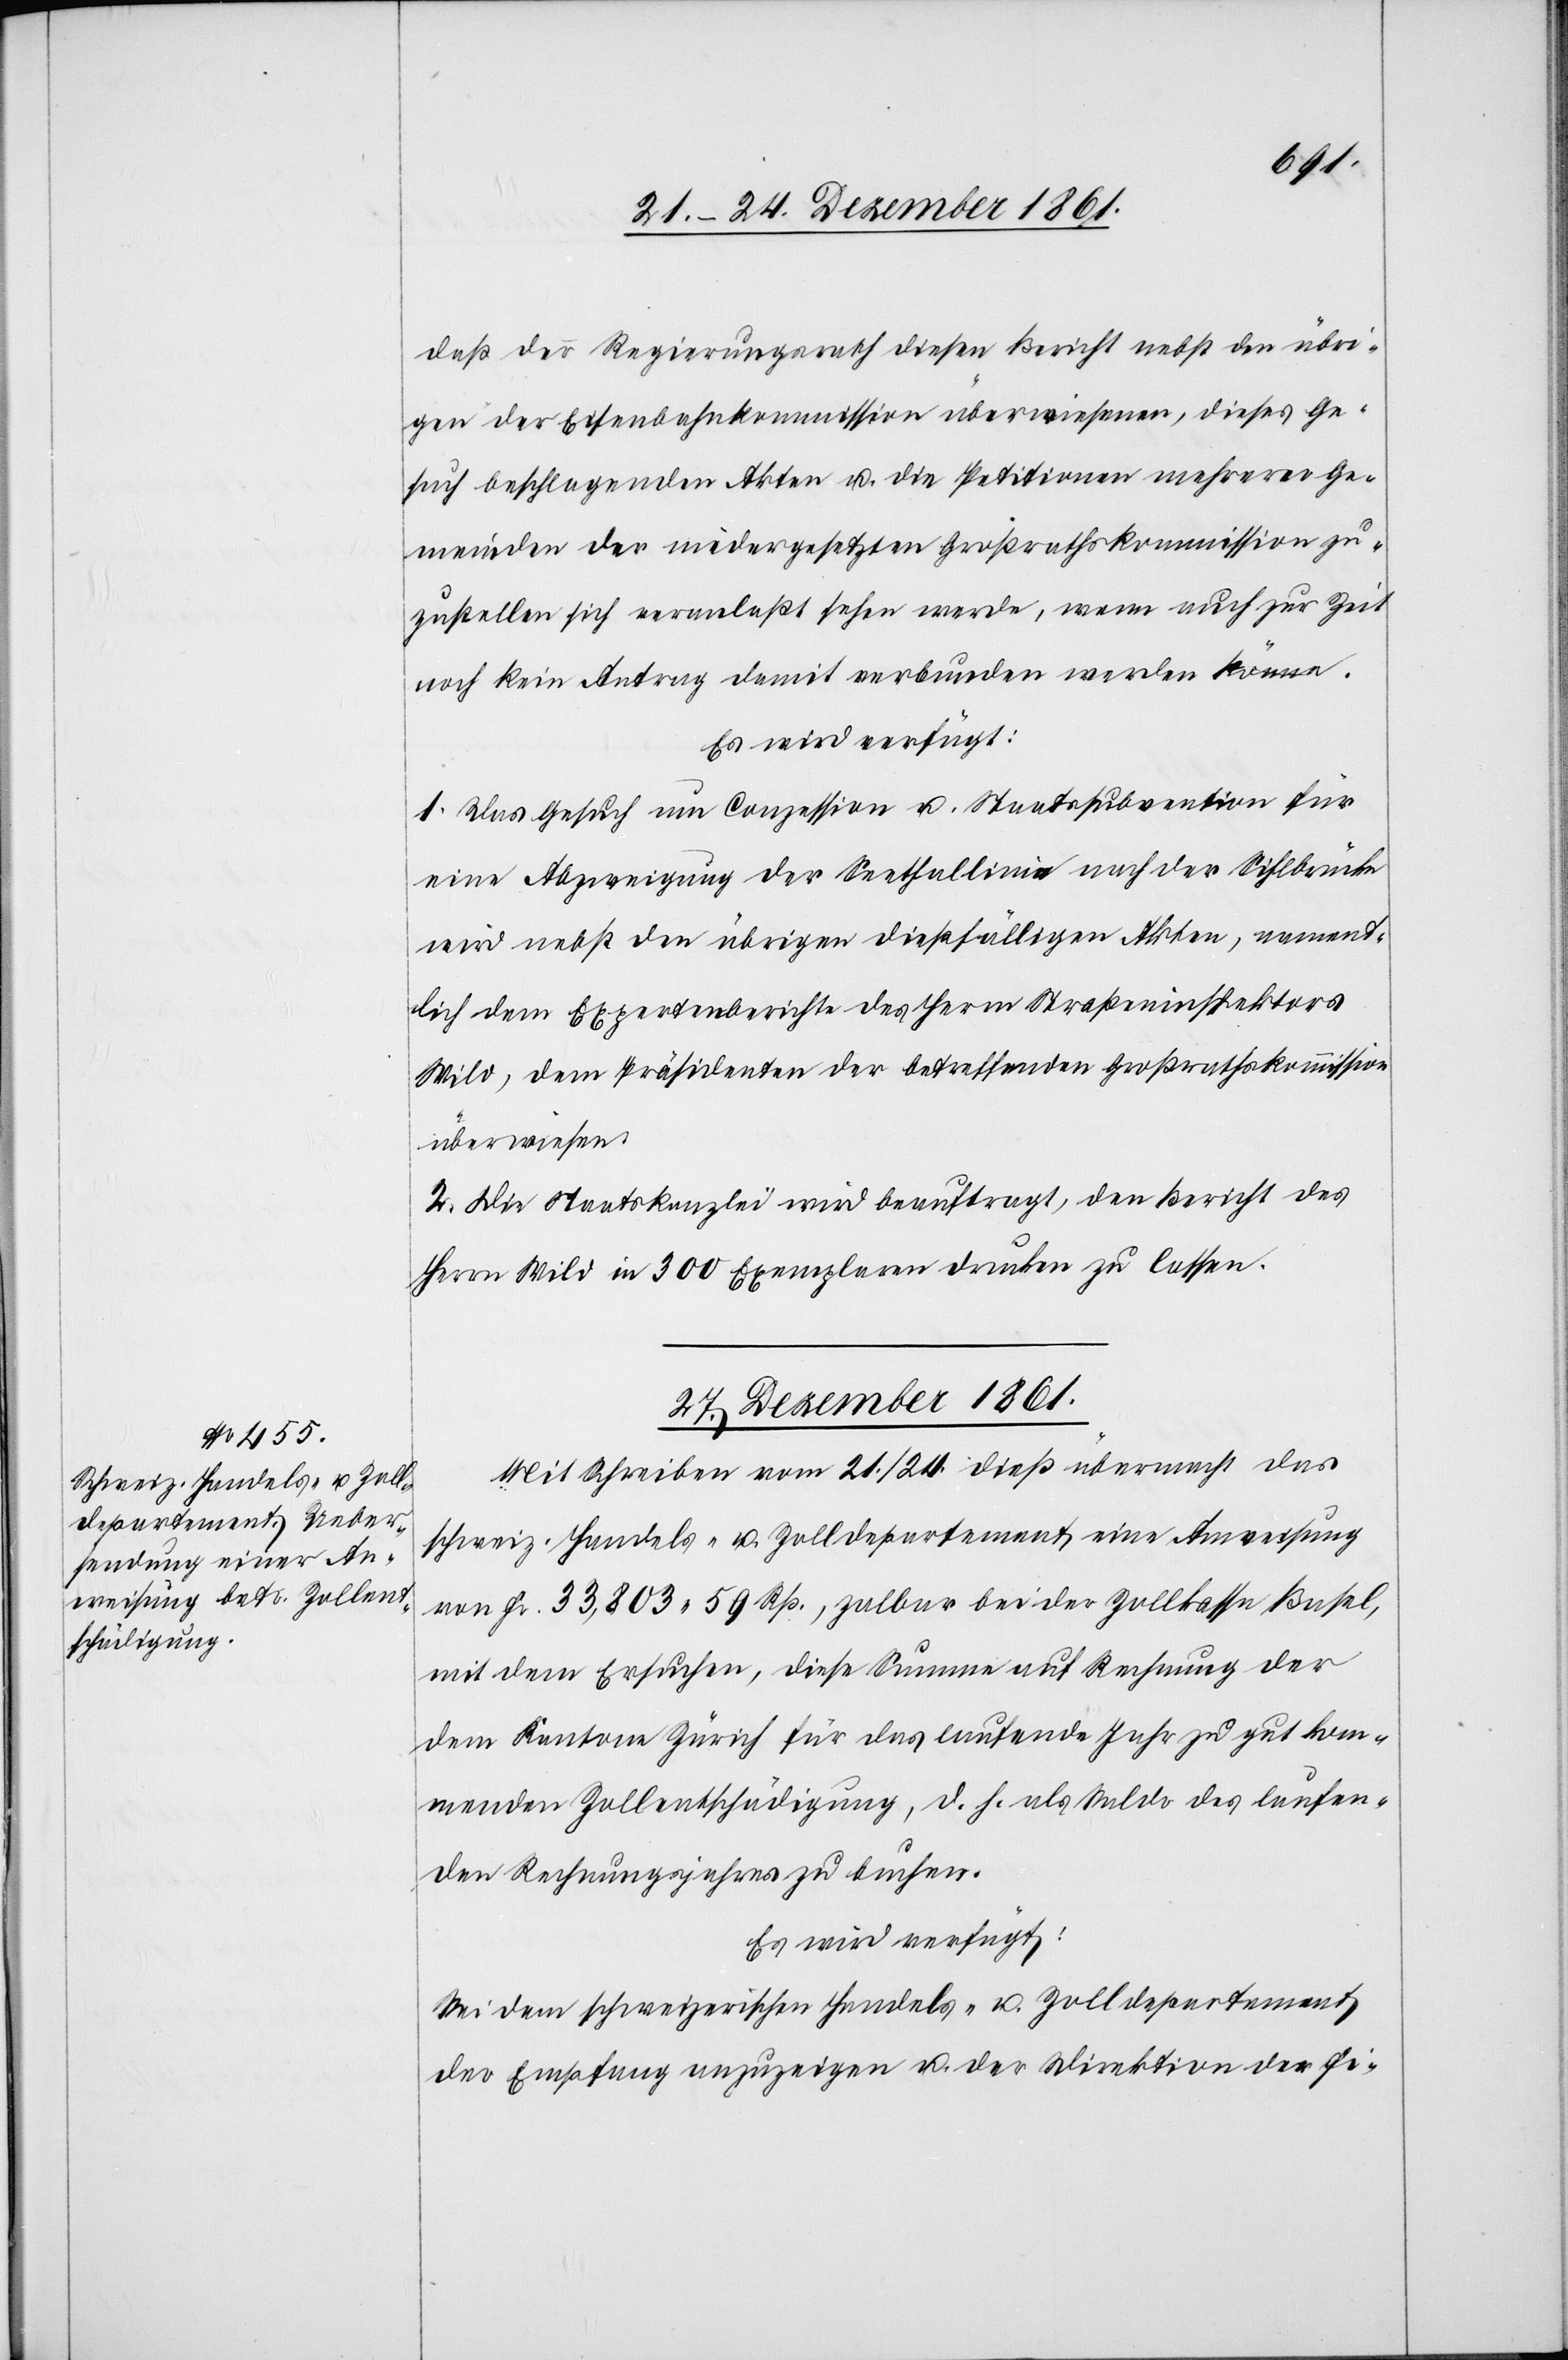
daß der Regierungsrath diesen Bericht nebst den übri¬
gen der Eisenbahnkommission überwiesenen, dieses Ge¬
such beschlagenden Akten u. die Petitionen mehrerer Ge¬
meinden der niedergesetzten Großrathskommission zu¬
zustellen sich veranlaßt sehen werde, wenn auch zur Zeit
noch kein Antrag damit verbunden werden könne.
Es wird verfügt:
1. Das Gesuch um Commission u. Staatssubvention für
eine Abzweigung der Seethallinie nach der Sihlbrücke
wird nebst den übrigen dießfälligen Akten, nament¬
lich dem Expertenberichte des Herrn Straßeninspektors
Wild, dem Präsidenten der betreffenden Großrathskommission
überwiesen.
2. Die Staatskanzlei wird beauftragt, den Bericht des
Herrn Wild in 300 Exemplaren drucken zu lassen.
27. December 1861.
Mit Schreiben vom 21/24 dieß übermacht das
schweiz. Handels- u. Zolldepartement eine Anweisung
von Fr. 33,803. 59 Rp., zalbar bei der Zollkassa Basel,
mit dem Ersuchen, diese Summe auf Rechnung der
dem Kanton Zürich für das laufende Jahr zu gut kom¬
menden Zollentschädigung, d. h. als Saldo des laufen¬
den Rechnungsjahres zu buchen.
Es wird verfügt:
Sei dem schweizerischen Handels- u. Zolldepartement
der Empfang anzuzeigen u. der Direktion der Fi-